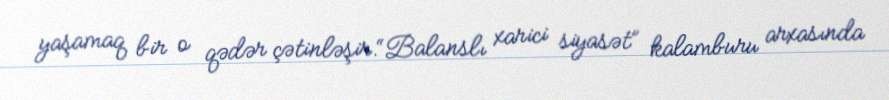
yaşamaq bir o qədər çətinləşir.“Balanslı xarici siyasət” kalamburu arxasında